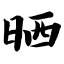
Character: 晒